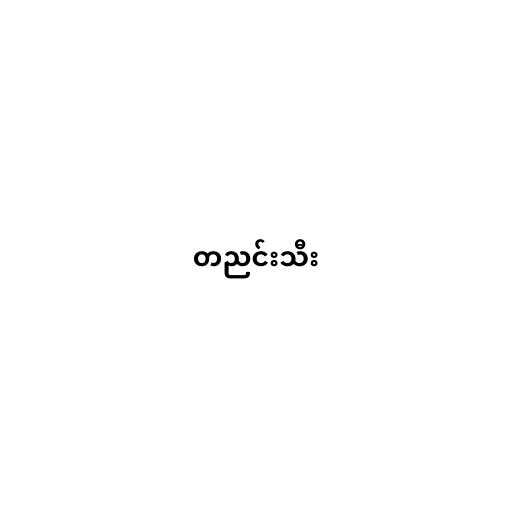
တညင်းသီး